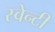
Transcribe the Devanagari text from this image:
स्वेन्‍टी